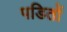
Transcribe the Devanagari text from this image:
पडितों